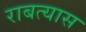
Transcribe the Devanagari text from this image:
राबत्यास